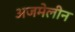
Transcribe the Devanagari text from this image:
अजमेलीन